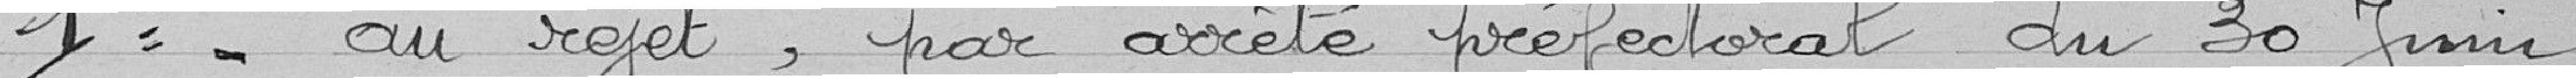
1° - au rejet, par arrêté préfectoral du 30 Juin